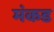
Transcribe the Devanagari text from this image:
मंकड